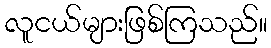
လူငယ်များဖြစ်ကြသည်။